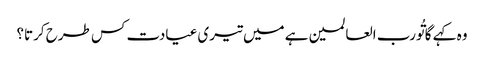
وہ کہے گا تُورب العالمین ہے میں تیری عیادت کس طرح کرتا؟